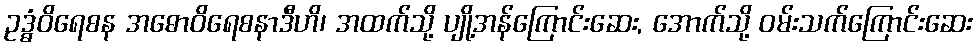
ဥဒ္ဓံဝိရေစန အဓောဝိရေစနာဒီဟိ၊ အထက်သို့ ပျို့အန်ကြောင်းဆေး, အောက်သို့ ဝမ်းသက်ကြောင်းဆေး